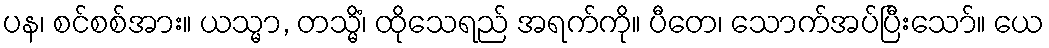
ပန၊ စင်စစ်အား။ ယသ္မာ, တသ္မိံ၊ ထိုသေရည် အရက်ကို။ ပီတေ၊ သောက်အပ်ပြီးသော်။ ယေ